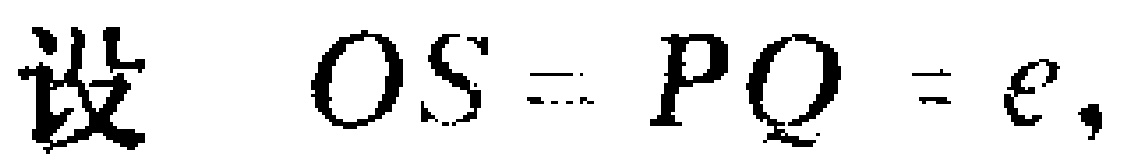
设 \(OS = PQ = c\)，